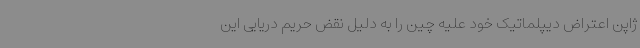
ژاپن اعتراض دیپلماتیک خود علیه چین را به دلیل نقض حریم دریایی این